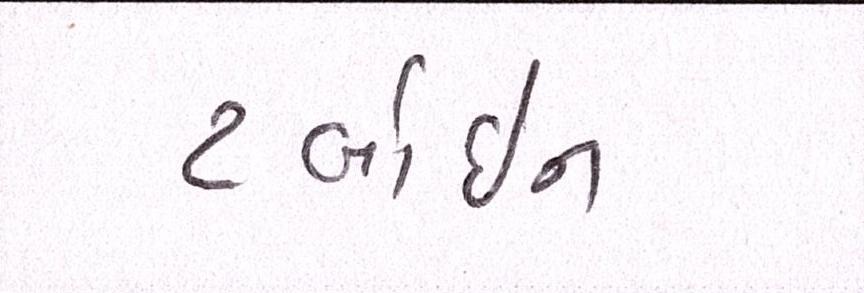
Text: ટર્બાઇન